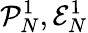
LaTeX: \mathcal{P}_{N}^{1},\mathcal{E}_{N}^{1}